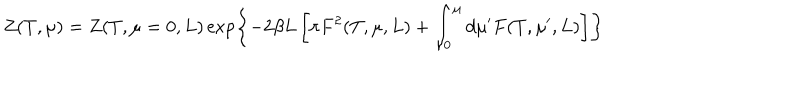
Z ( T , \mu ) = Z ( T , \mu = 0 , L ) \exp \left\{ - 2 \beta L \left[ \pi F ^ { 2 } ( T , \mu , L ) + \int _ { 0 } ^ { \mu } d \mu ^ { \prime } F ( T , \mu ^ { \prime } , L ) \right] \right\}